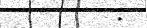
.